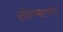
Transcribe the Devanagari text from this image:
पेशव्यांवर